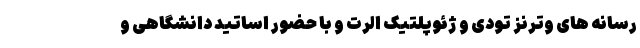
رسانه های وترنز تودی و ژئوپلتیک الرت و با حضور اساتید دانشگاهی و